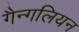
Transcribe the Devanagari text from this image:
गैन्गलियन